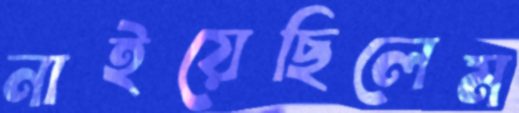
নাইয়েছিলেম